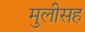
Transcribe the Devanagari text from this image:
मुलीसह